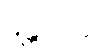
မန္တယိတွာ